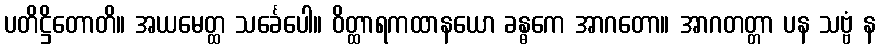
ပတိဋ္ဌိတောတိ။ အယမေတ္ထ သင်္ခေပေါ။ ဝိတ္ထာရကထာနယော ခန္ဓကေ အာဂတော။ အာဂတတ္တာ ပန သဗ္ဗံ န